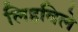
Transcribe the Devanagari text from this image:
लिहविले